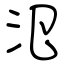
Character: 氾